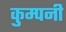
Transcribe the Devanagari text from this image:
कुम्पनी